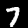
Digit: 7